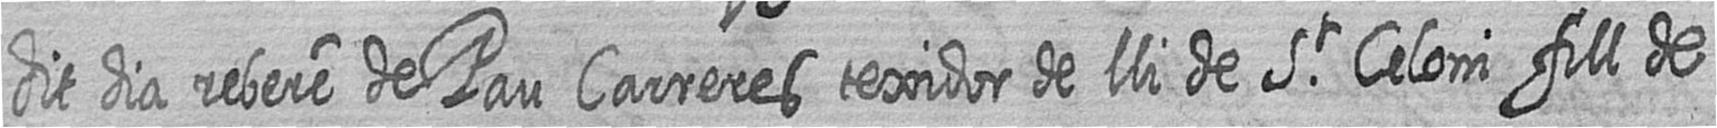
dit dia rebere de Pau Carreres texidor de lli de St Celoni fill de